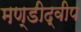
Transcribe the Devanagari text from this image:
मण्डीद्वीप